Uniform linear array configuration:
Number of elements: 64
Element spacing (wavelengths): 0.25
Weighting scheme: binomial
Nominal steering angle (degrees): -15
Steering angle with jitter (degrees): -16.253
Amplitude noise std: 0.05
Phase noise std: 0.05

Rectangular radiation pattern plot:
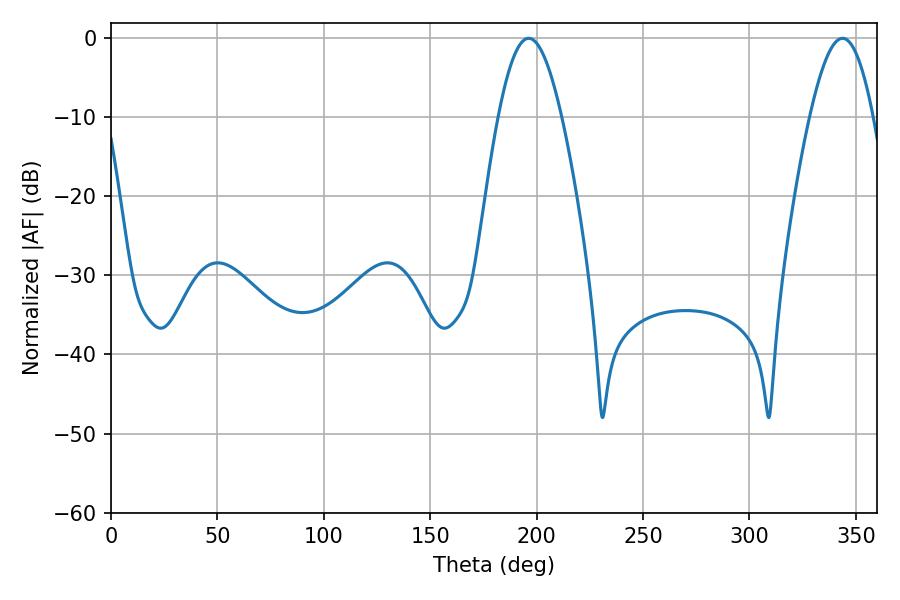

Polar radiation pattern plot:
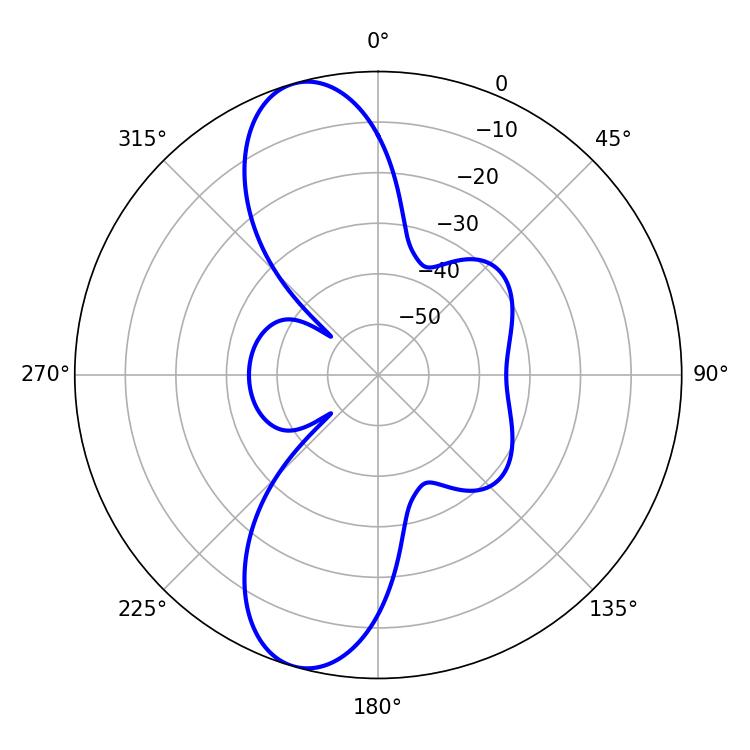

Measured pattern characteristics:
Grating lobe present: FALSE
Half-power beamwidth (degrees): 16.02
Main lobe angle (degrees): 196.2